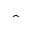
\hat { }